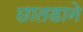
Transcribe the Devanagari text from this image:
छातडाने